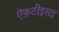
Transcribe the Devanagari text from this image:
ऍफ़टीइसइ